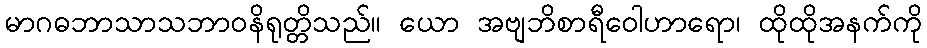
မာဂဓဘာသာသဘာဝနိရုတ္တိသည်။ ယော အဗျဘိစာရီဝေါဟာရော၊ ထိုထိုအနက်ကို